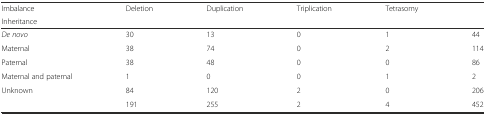
<table><thead><tr><td><b>Imbalance</b></td><td rowspan="2"><b>Deletion</b></td><td rowspan="2"><b>Duplication</b></td><td rowspan="2"><b>Triplication</b></td><td rowspan="2"><b>Tetrasomy</b></td><td rowspan="2"></td></tr><tr><td><b>Inheritance</b></td></tr></thead><tbody><tr><td><i>De novo</i></td><td>30</td><td>13</td><td>0</td><td>1</td><td>44</td></tr><tr><td>Maternal</td><td>38</td><td>74</td><td>0</td><td>2</td><td>114</td></tr><tr><td>Paternal</td><td>38</td><td>48</td><td>0</td><td>0</td><td>86</td></tr><tr><td>Maternal and paternal</td><td>1</td><td>0</td><td>0</td><td>1</td><td>2</td></tr><tr><td>Unknown</td><td>84</td><td>120</td><td>2</td><td>0</td><td>206</td></tr><tr><td></td><td>191</td><td>255</td><td>2</td><td>4</td><td>452</td></tr></tbody></table>